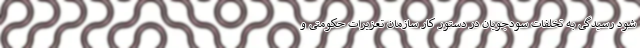
شود رسیدگی به تخلفات سودجویان در دستور کار سازمان تعزیرات حکومتی و